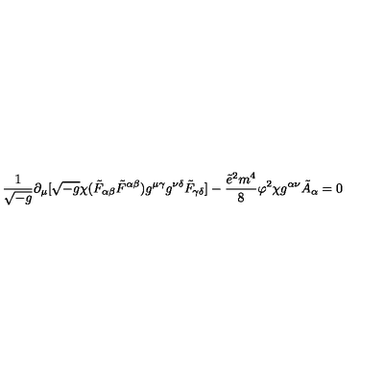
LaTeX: \frac { 1 } { \sqrt { - g } } \partial _ { \mu } [ \sqrt { - g } \chi ( \tilde { F } _ { \alpha \beta } \tilde { F } ^ { \alpha \beta } ) g ^ { \mu \gamma } g ^ { \nu \delta } \tilde { F } _ { \gamma \delta } ] - \frac { \tilde { e } ^ { 2 } m ^ { 4 } } { 8 } \varphi ^ { 2 } \chi g ^ { \alpha \nu } \tilde { A } _ { \alpha } = 0